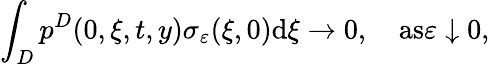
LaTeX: \int_{D}p^{D}(0,\xi,t,y)\sigma_{\varepsilon}(\xi,0)\textrm{d}\xi\to 0,\quad\textrm{as}\varepsilon\downarrow 0,